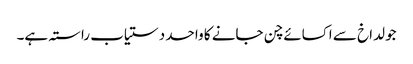
جو لداخ سے اکسائے چن جانے کا واحد دستیاب راستہ ہے۔